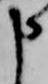
申